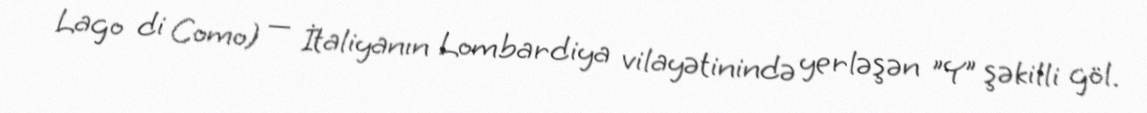
Lago di Como) — İtaliyanın Lombardiya vilayətinində yerləşən "Y" şəkilli göl.